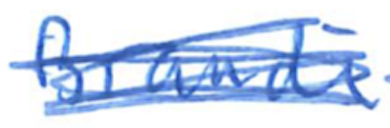
Text: Brandi
Cross-out: scratch
Writing tool: ballpoint